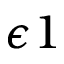
\epsilon 1